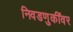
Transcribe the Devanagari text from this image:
निवडणुकींवर